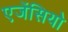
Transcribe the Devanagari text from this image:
एजेंसियो